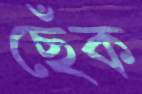
ছেঁক